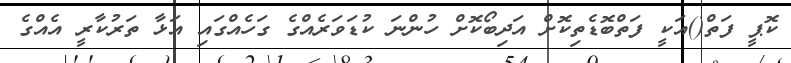
ކޮޕީ ފަތް()އަކީ ފަތްބޮޑެތިކޮށް އަދިބޯކޮށް ހުންނަ ކުޑަވަރެއްގެ ގަހެއްގައި އަޅާ ތަރުކާރީ އެއްގެ